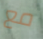
مع